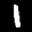
Label: 1